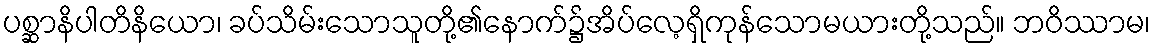
ပစ္ဆာနိပါတိနိယော၊ ခပ်သိမ်းသောသူတို့၏နောက်၌အိပ်လေ့ရှိကုန်သောမယားတို့သည်။ ဘဝိဿာမ၊